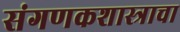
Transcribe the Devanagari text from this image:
संगणकशास्त्राचा